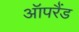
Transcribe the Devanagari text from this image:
ऑपरैंड